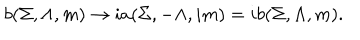
LaTeX: b ( \Sigma , \Lambda , m ) \rightarrow i a ( \Sigma , - \Lambda , i m ) = i b ( \Sigma , \Lambda , m ) .